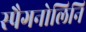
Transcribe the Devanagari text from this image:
स्पैगनोलिनि